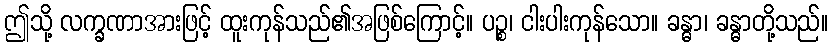
ဤသို့ လက္ခဏာအားဖြင့် ထူးကုန်သည်၏အဖြစ်ကြောင့်။ ပဉ္စ၊ ငါးပါးကုန်သော။ ခန္ဓာ၊ ခန္ဓာတို့သည်။